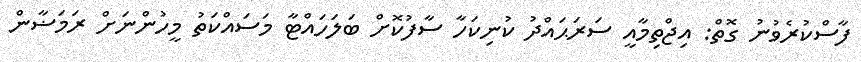
ފާސްކުރެވުނު ގޮތް: އިޖްތިމާއީ ސަރަޙައްދު ކުނިކަހާ ސާފުކޮށް ބަލަހައްޓާ މަސައްކަތު މީހުންނަށް ރަމަޟާން